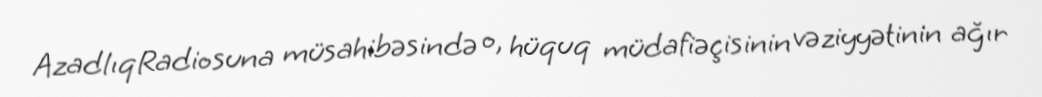
AzadlıqRadiosuna müsahibəsində o, hüquq müdafiəçisinin vəziyyətinin ağır